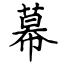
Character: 幕